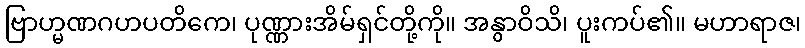
ဗြာဟ္မဏဂဟပတိကေ၊ ပုဏ္ဏားအိမ်ရှင်တို့ကို။ အနွာဝိသိ၊ ပူးကပ်၏။ မဟာရာဇ၊